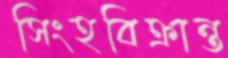
সিংহবিক্রান্ত